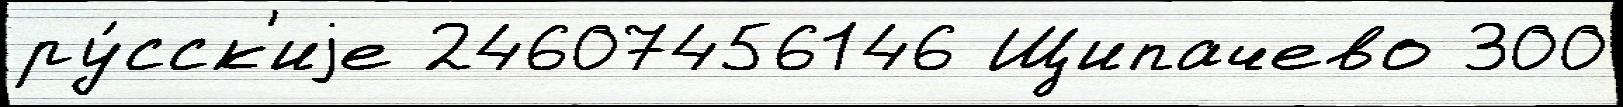
ру́сск'иjе 24607456146 Щипачево 300